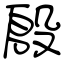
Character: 殷